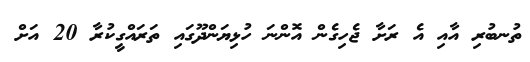
ތުނބުރި އާއި އެ ރަށާ ޖެހިގެން އޮންނަ ހުޅިޔަންދޫގައި ތަރައްގީކުރާ 20 އަށް